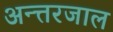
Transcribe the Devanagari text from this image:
अन्त्तरजाल